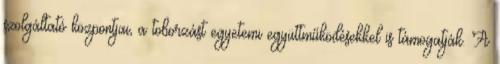
szolgáltató központjai, a toborzást egyetemi együttműködésekkel is támogatják. A